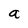
Character: a